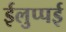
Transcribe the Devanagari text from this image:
ईलुप्पई